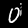
Digit: 0